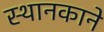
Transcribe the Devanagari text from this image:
स्थानकाने